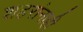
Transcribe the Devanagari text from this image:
शहरांनाही